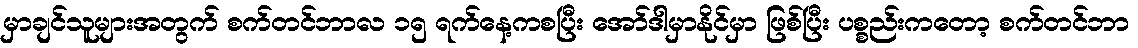
မှာချင်သူများအတွက် စက်တင်ဘာလ ၁၅ ရက်နေ့ကစပြီး အော်ဒါမှာနိုင်မှာ ဖြစ်ပြီး ပစ္စည်းကတော့ စက်တင်ဘာ